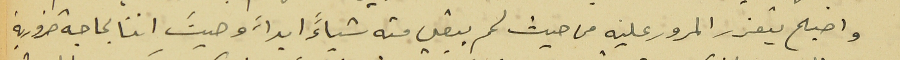
واصبح يتعذر المرور عليه من حيث لم يبقي منه شياءً ابداً وحيث اننا بحاجة ضرورية